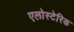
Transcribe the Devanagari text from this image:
एलोस्टेरिक